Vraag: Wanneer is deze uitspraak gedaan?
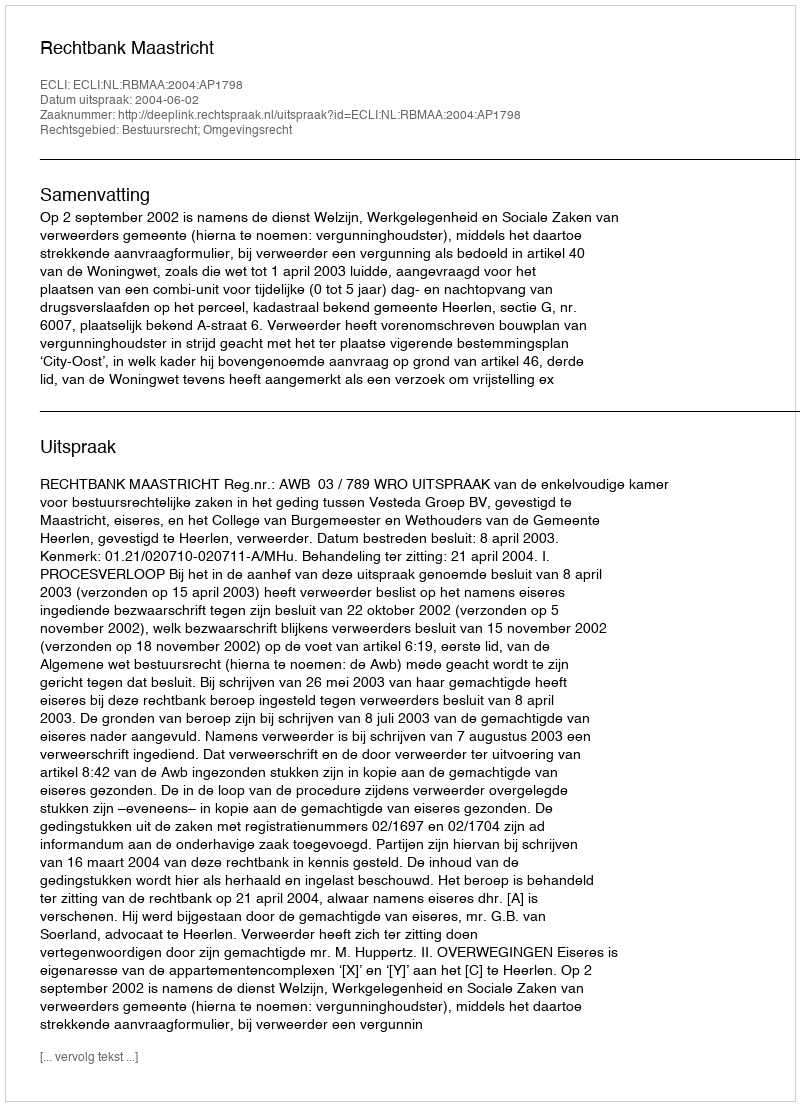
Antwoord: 2004-06-02